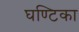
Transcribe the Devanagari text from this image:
घण्टिका